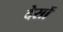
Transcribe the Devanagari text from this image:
देसों